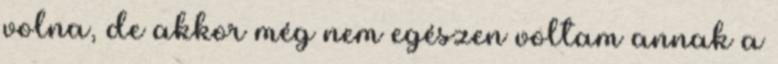
volna, de akkor még nem egészen voltam annak a